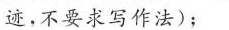
迹,不要求写作法)；